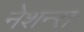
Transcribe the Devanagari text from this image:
नेशन्‍स